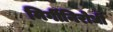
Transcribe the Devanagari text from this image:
मिर्गीनिरोधी